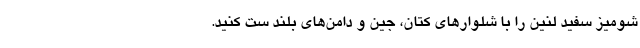
شومیز سفید لنین را با شلوارهای کتان، جین و دامن‌های بلند ست کنید.